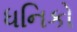
ધનિકો